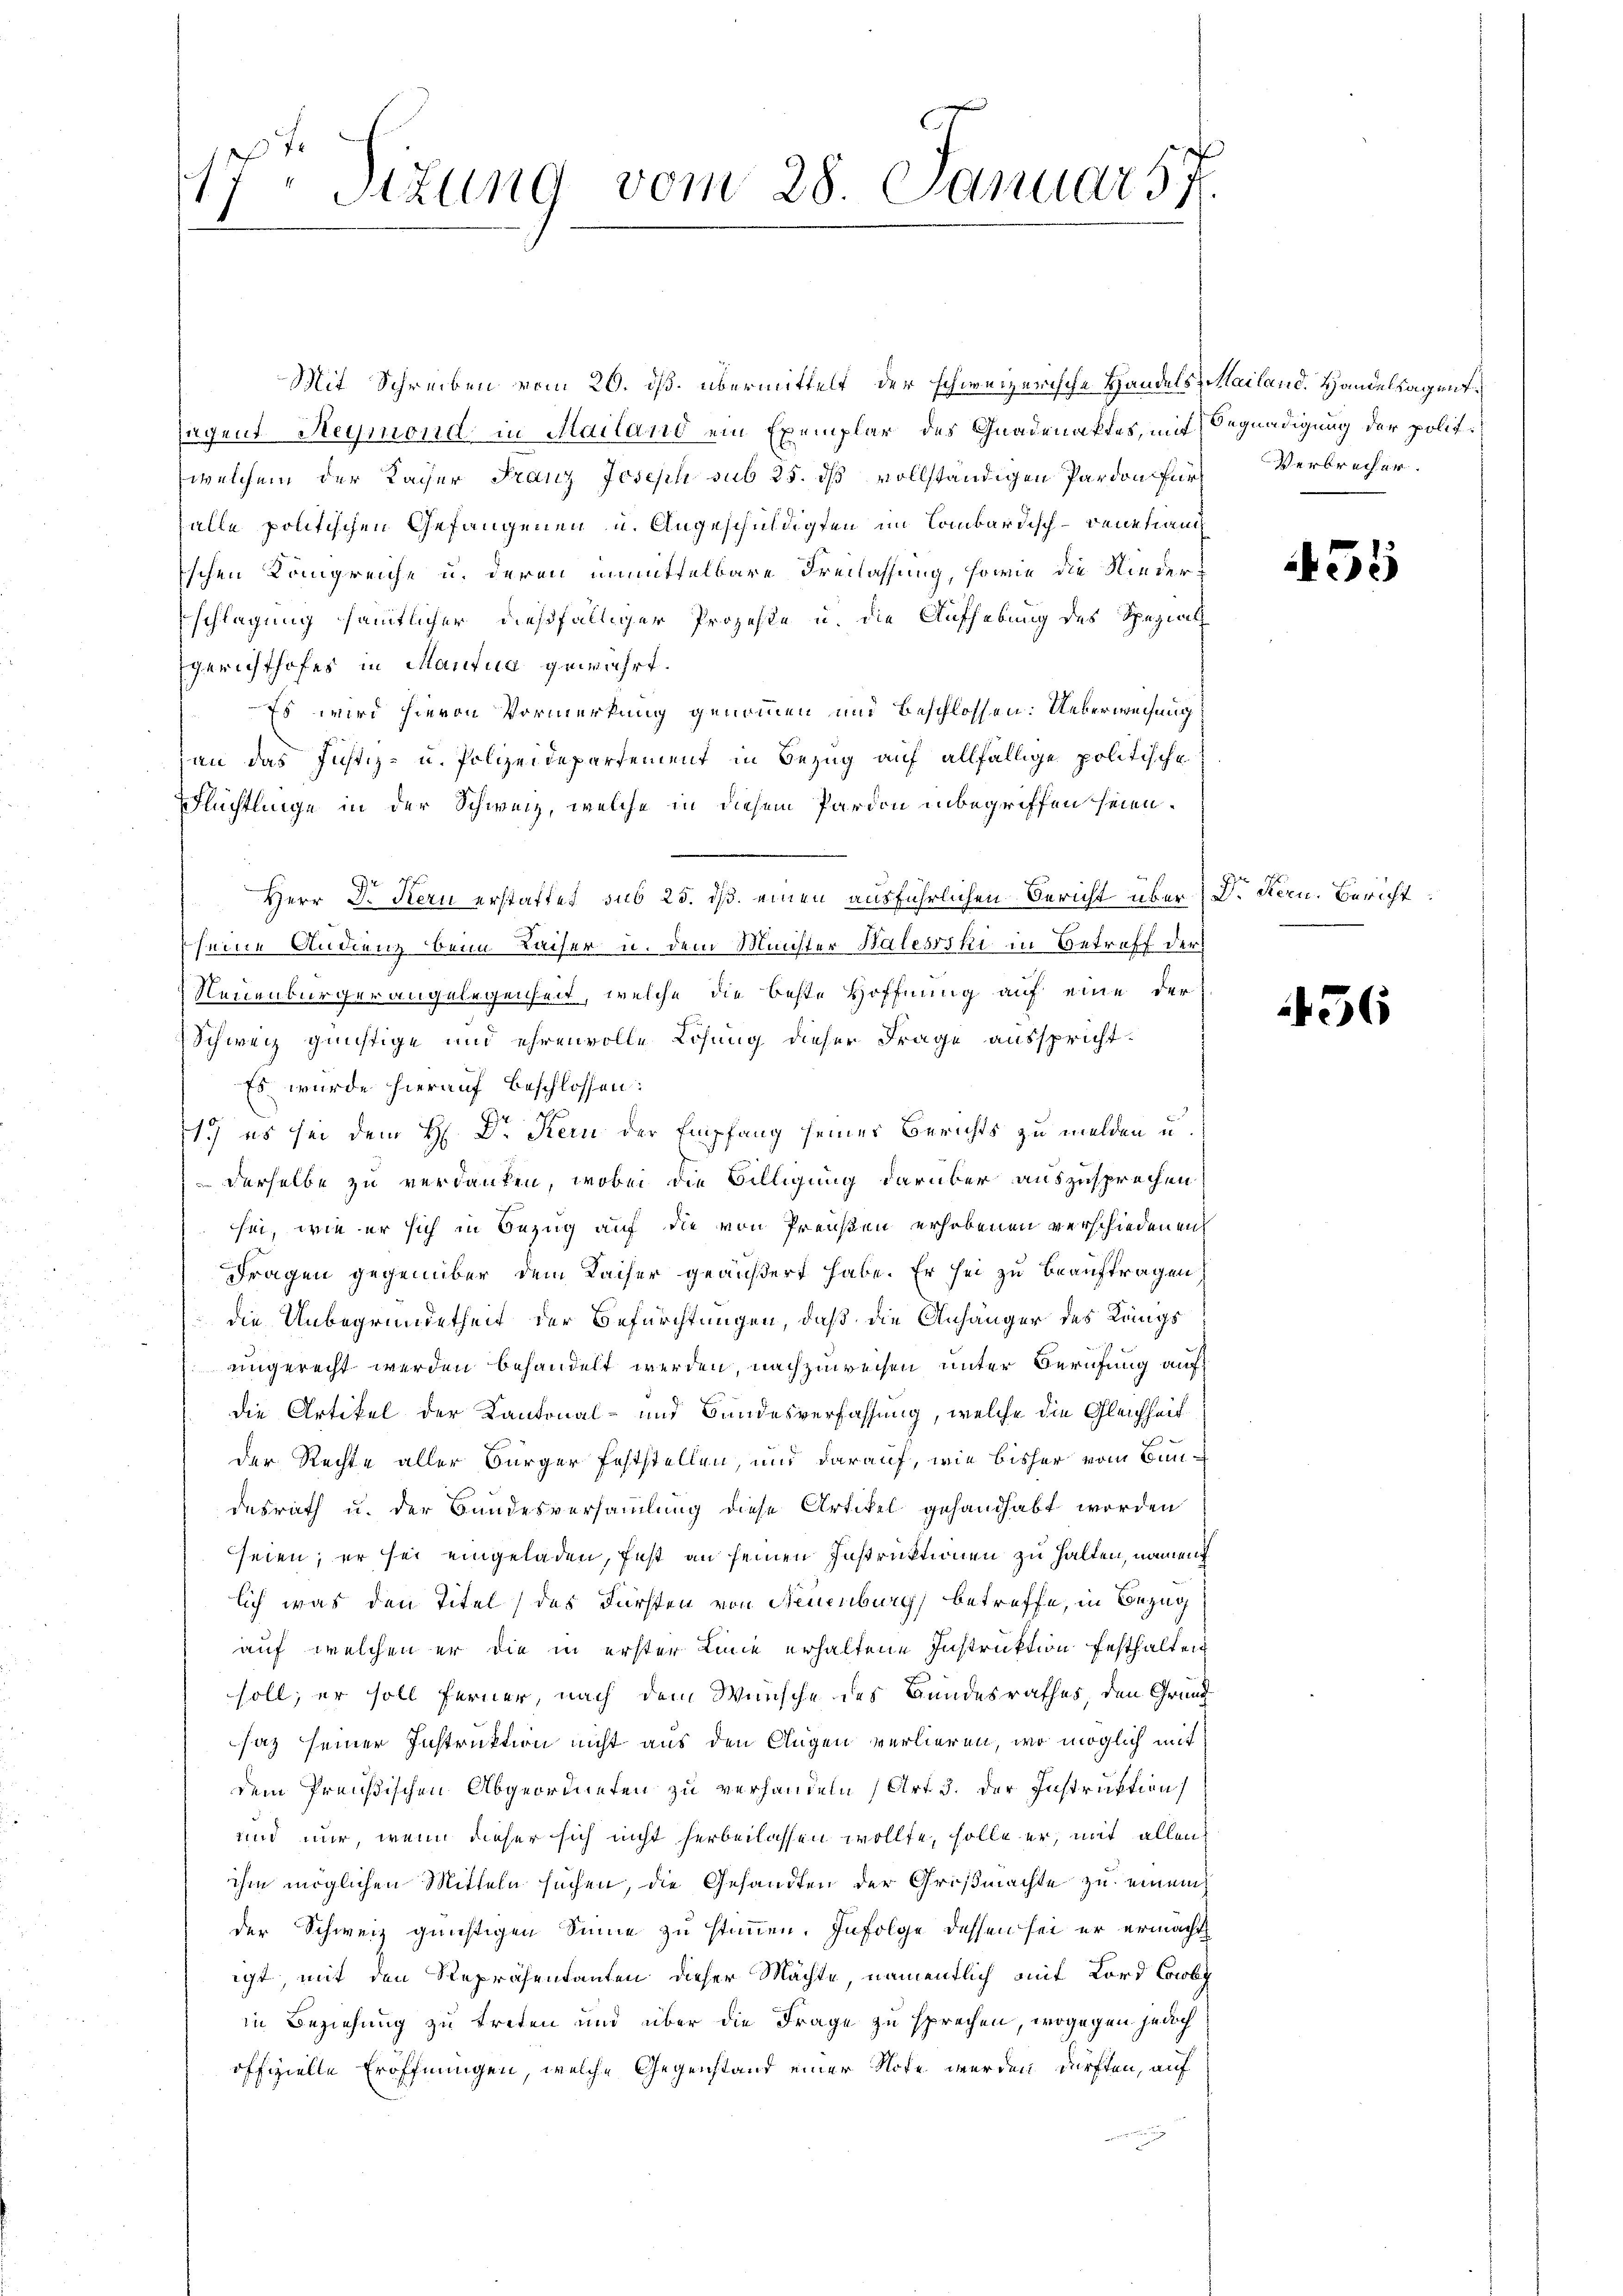
17t Sizung vom 28. Januar 57.

Mit Schreiben vom 20. ds. übermittelt, der schweizerische Handels Mailand. Handeltagentsagent Reymond in Mailand ein Exemplar des Gnadenaktes, mit Begnadigung der polit.
welchem der Kaiser Franz Joseph sub 25. ds vollständigen Pardon für Verbrecher.
zalle politischen Gefangenen u. Angeschuldigten im Combardisch-Venetiant
schen Königreiche u. deren unmittelbare Freilassung, sowie die Niederschlagung sämmtlicher dießfälliger Prozeste u. die Aufhebung des Spezial
gerichthofes in Mantua gewährt.
Es wird hievon Vormerkung genommen und beschlossen: Ueberweisung
jan das Justiz- u. Polizeidepartement in Bezug auf allfällige politische
Flüchtlinge in der Schweiz, welche in diesem Pardon inbegriffen seien.
Herr D. Kern erstaffet sub 25. ds. einen ausführlichen Bericht über
seine Audienz beim Kaiser u. dem Münster Balesrski in Betreff der
Neuenburgerangelegenheit, welche die beste Hoffnung auf eine der
Schweiz günstige und ehrenvolle Lösung dieser Frage ausspricht.
Es wurde hierauf Beschlossen:
1.) es sei dem H. Dr Kein der Empfang seiner Berichts zu melden u.
derselbe zu verdanken, wobei die Billigung darüber auszusprechen.
sei, wie er sich in Bezug auf die von Preußen erhobenen verschiedenen
Fragen gegenüber dem Kaiser geäußert habe. Er sei zu beauftragen
die Unbegründetheit der Befürchtungen, daß die Anhänger des Längs
eingerecht werden behandelt werden, nachzuweisen unter Berufung auf
die Artikel der Kantonal- und Bundesverfassung, welche die Gleichheit
der Rechte aller Bürger feststellen, und darauf, wie bisher vom Bundesrath u. der Bundesversammlung diese Artikel gehandhabt worden
seien; er sei eingeladen, fest an seinen Instruktionen zu halten, nament
lich was den Titel (des Fürsten von Neuenburg, betreffe, in Bezug
auf welchen er die in erster Linie erhaltene Instruktion festhalten
soll; er soll ferner, nach dem Wünsche des Bundesrathes, den Grund
saz seiner Instruktion nicht aus den Augen verlieren, wo möglich mit
dem Preußischen Abgeordneten zu verhandeln (Art 3. der Instruktion
und nur, wenn dieser sich nicht herbeilassen wollte, solle er, mit allen
ihm möglichen Mitteln suchen, die Gesandten der Großmachte zu einem
der Schweiz günstigen Sinne zu stimmen. Infolge dessen sei er ermacht
igt mit den Repräsentanten dieser Mächte, namentlich mit Lord Corbi
in Beziehung zu treten und über die Frage zu sprechen, wogegen jedoch
offizielle Eröffnungen, welche Gegenstand einer Note werden dürften, auf

4

2

Dr. Bern. Bericht

456